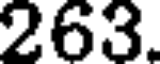
263.